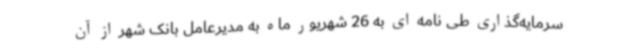
سرمایه‌گذاری طی نامه ای به 26 شهریور ماه به مدیرعامل بانک شهر از آن